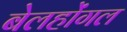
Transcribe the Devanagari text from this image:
बेलहोंगल